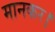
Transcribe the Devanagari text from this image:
मानकर।